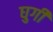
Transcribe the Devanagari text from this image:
घुगी